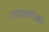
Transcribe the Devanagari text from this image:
त्त्याचबरोबर